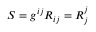
S = g ^ { i j } R _ { i j } = R _ { j } ^ { j }